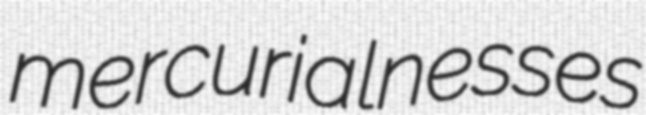
mercurialnesses